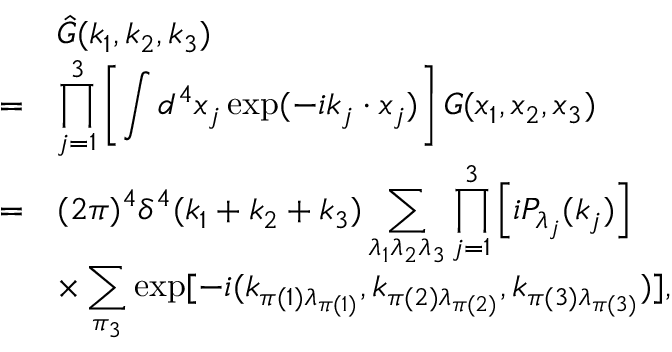
\begin{array} { r l } { { } } & { { \hat { G } ( k _ { 1 } , k _ { 2 } , k _ { 3 } ) } } \\ { { = } } & { { \displaystyle \prod _ { j = 1 } ^ { 3 } \left[ \int d ^ { 4 } x _ { j } \exp ( - i k _ { j } \cdot x _ { j } ) \right] G ( x _ { 1 } , x _ { 2 } , x _ { 3 } ) } } \\ { { = } } & { { \displaystyle ( 2 \pi ) ^ { 4 } \delta ^ { 4 } ( k _ { 1 } + k _ { 2 } + k _ { 3 } ) \sum _ { \lambda _ { 1 } \lambda _ { 2 } \lambda _ { 3 } } \prod _ { j = 1 } ^ { 3 } \left[ i P _ { \lambda _ { j } } ( k _ { j } ) \right] } } \\ { { } } & { { \displaystyle \times \sum _ { \pi _ { 3 } } \exp [ - i ( k _ { \pi ( 1 ) \lambda _ { \pi ( 1 ) } } , k _ { \pi ( 2 ) \lambda _ { \pi ( 2 ) } } , k _ { \pi ( 3 ) \lambda _ { \pi ( 3 ) } } ) ] , } } \end{array}